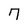
Character: 7